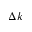
\Delta k